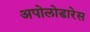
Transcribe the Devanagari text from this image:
अपोलोडारेस